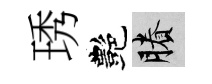
琇艷賸